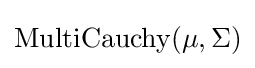
\operatorname {MultiCauchy} (\mu ,\Sigma )